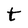
Character: t